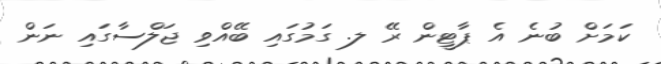
ކަމަށް ބުނެ އެ ޕާޓީން ރޭ ލ. ގަމުގައި ބޭއްވި ޖަލްސާގައި ނަން